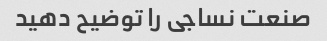
صنعت نساجی را توضیح دهید